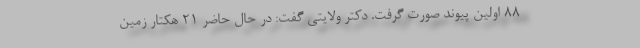
۸۸ اولین پیوند صورت گرفت. دکتر ولایتی گفت: در حال حاضر ۲۱ هکتار زمین